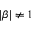
| \beta | \neq 1